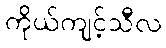
ကိုယ်ကျင့်သီလ